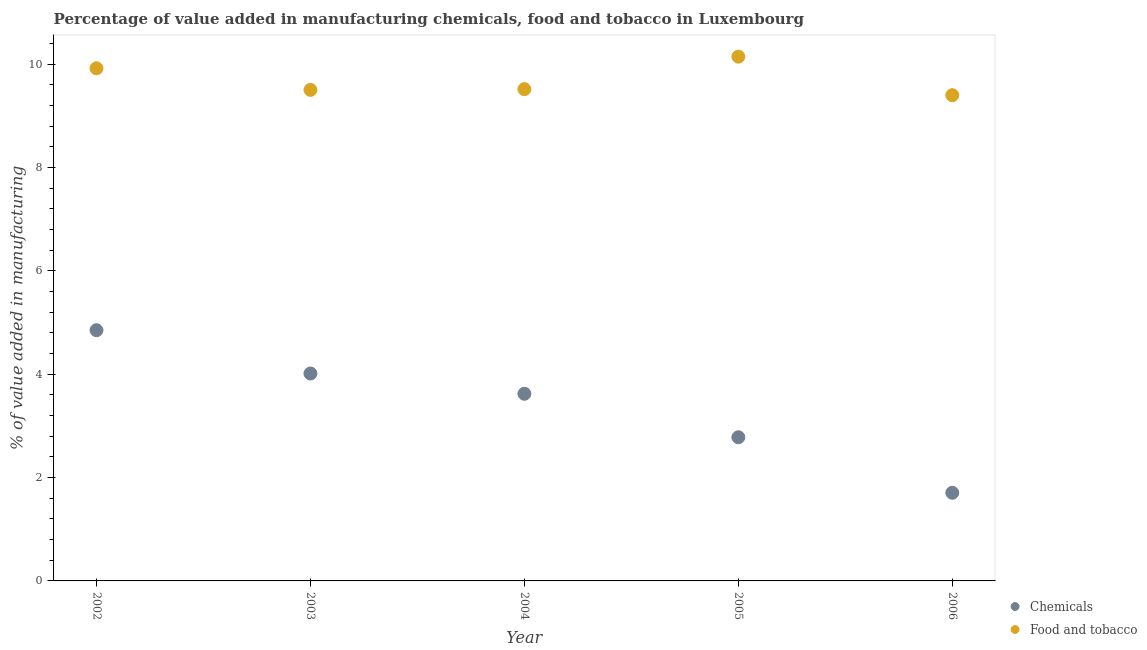
| Year | Chemicals | Food and tobacco |
 | --- | --- | --- |
 | 2002 | 4.85 | 9.92 |
 | 2003 | 4.01 | 9.5 |
 | 2004 | 3.62 | 9.51 |
 | 2005 | 2.78 | 10.1 |
 | 2006 | 1.71 | 9.4 |